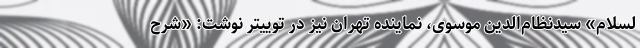
لسلام» سیدنظام‌الدین موسوی، نماینده تهران نیز در توییتر نوشت: «شرح